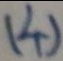
( 4 )